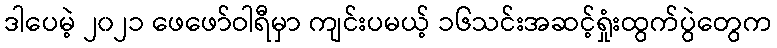
ဒါပေမဲ့ ၂၀၂၁ ဖေဖော်ဝါရီမှာ ကျင်းပမယ့် ၁၆သင်းအဆင့်ရှုံးထွက်ပွဲတွေက